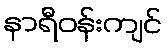
နာရီဝန်းကျင်